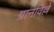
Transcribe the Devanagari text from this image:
ग्रानविल्ले